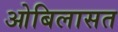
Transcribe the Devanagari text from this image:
ओबिलासत